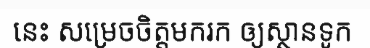
នេះ សម្រេចចិត្តមករក ឲ្យស្ថានទូក